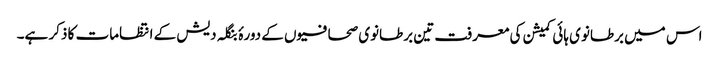
اس میں برطانوی ہائی کمیشن کی معرفت تین برطانوی صحافیوں کے دورۂ بنگلہ دیش کے انتظامات کا ذکر ہے۔